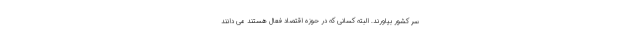
سر کشور بیاورند. البته کسانی که در حوزه اقتصاد فعال هستند می دانند